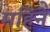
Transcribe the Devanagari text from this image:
महिनेे